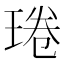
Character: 𤦔